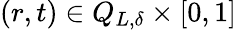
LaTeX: (r,t)\in Q_{L,\delta}\times[0,1]